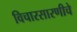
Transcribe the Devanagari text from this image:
विचारसारणीचे